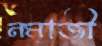
নমাজী